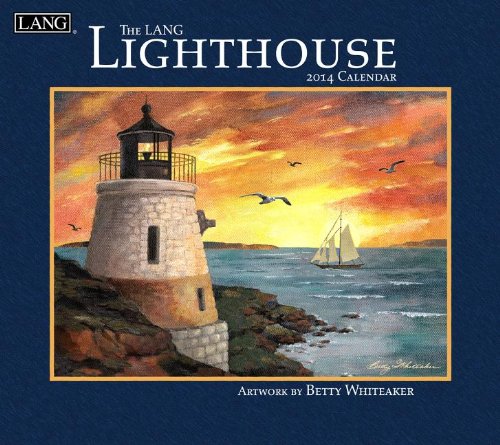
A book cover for Lighthouse - 2014 Calendar; Calendars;